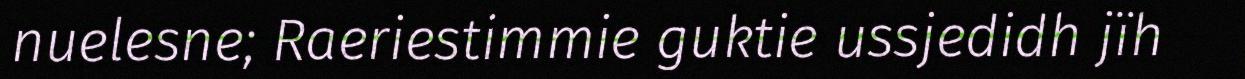
nuelesne; Raeriestimmie guktie ussjedidh jïh